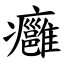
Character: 癰